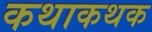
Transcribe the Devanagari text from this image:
कथाकथक